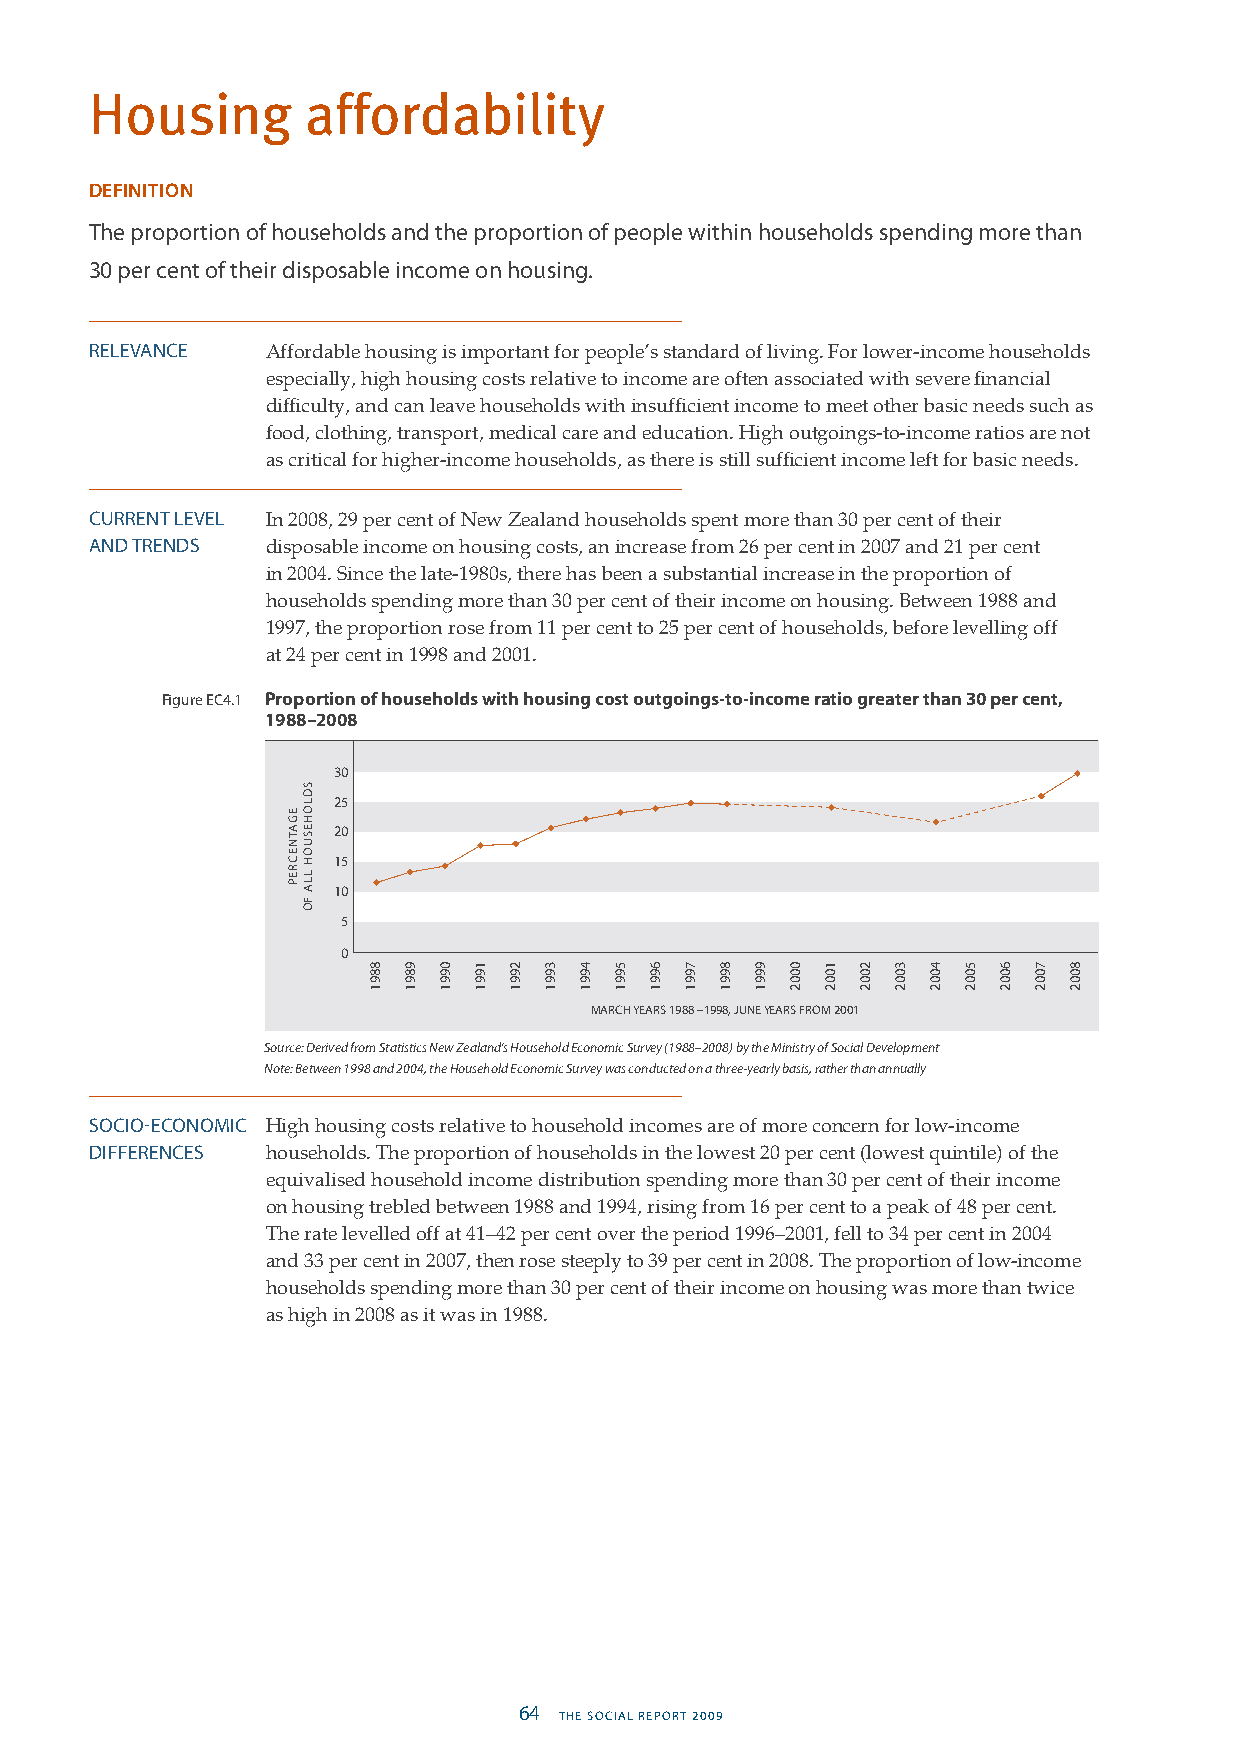
Housing       affordability
 DEFINITION
 The proportion of households and the proportion of people within households spending more than
 30 per cent of their disposable income on housing.
 RELEVANCE   Affordable housing is important for people’s standard of living. For lower-income households
 especially, high housing costs relative to income are often associated with severe financial
 difficulty, and can leave households with insufficient income to meet other basic needs such as
 food, clothing, transport, medical care and education. High outgoings-to-income ratios are not
 as critical for higher-income households, as there is still sufficient income left for basic needs.
 CURRENT LEVEL In 2008, 29 per cent of New Zealand households spent more than 30 per cent of their
 AND TRENDS  disposable income on housing costs, an increase from 26 per cent in 2007 and 21 per cent
 in 2004. Since the late-1980s, there has been a substantial increase in the proportion of
 households spending more than 30 per cent of their income on housing. Between 1988 and
 1997, the proportion rose from 11 per cent to 25 per cent of households, before levelling off
 at 24 per cent in 1998 and 2001.
 Figure EC4.1 Proportion of households with housing cost outgoings-to-income ratio greater than 30 per cent,
 1988–2008
 30
 25
 20
 15
 10
 5
 0
 MARCH YEARS 1988 –1998, JUNE YEARS FROM 2001
 Source: Derived from Statistics New Zealand’s Household Economic Survey (1988–2008) by the Ministry of Social Development
 Note: Between 1998 and 2004, the Household Economic Survey was conducted on a three-yearly basis, rather than annually
 SOCIO-ECONOMIC High housing costs relative to household incomes are of more concern for low-income
 DIFFERENCES households. The proportion of households in the lowest 20 per cent (lowest quintile) of the
 equivalised household income distribution spending more than 30 per cent of their income
 on housing trebled between 1988 and 1994, rising from 16 per cent to a peak of 48 per cent.
 The rate levelled off at 41–42 per cent over the period 1996–2001, fell to 34 per cent in 2004
 and 33 per cent in 2007, then rose steeply to 39 per cent in 2008. The proportion of low-income
 households spending more than 30 per cent of their income on housing was more than twice
 as high in 2008 as it was in 1988.
 64 THE SOCIAL REPORT 2009                                                         THE SOCIAL REPORT 2009 65
 EGATNECREP
 SDLOHESUOH
 LLA
 FO
 8891 9891 0991 1991 2991 3991 4991 5991 6991 7991 8991 9991 0002 1002 2002 3002 4002 5002 6002 7002 8002